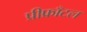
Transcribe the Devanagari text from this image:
प्रीफ्राँटल